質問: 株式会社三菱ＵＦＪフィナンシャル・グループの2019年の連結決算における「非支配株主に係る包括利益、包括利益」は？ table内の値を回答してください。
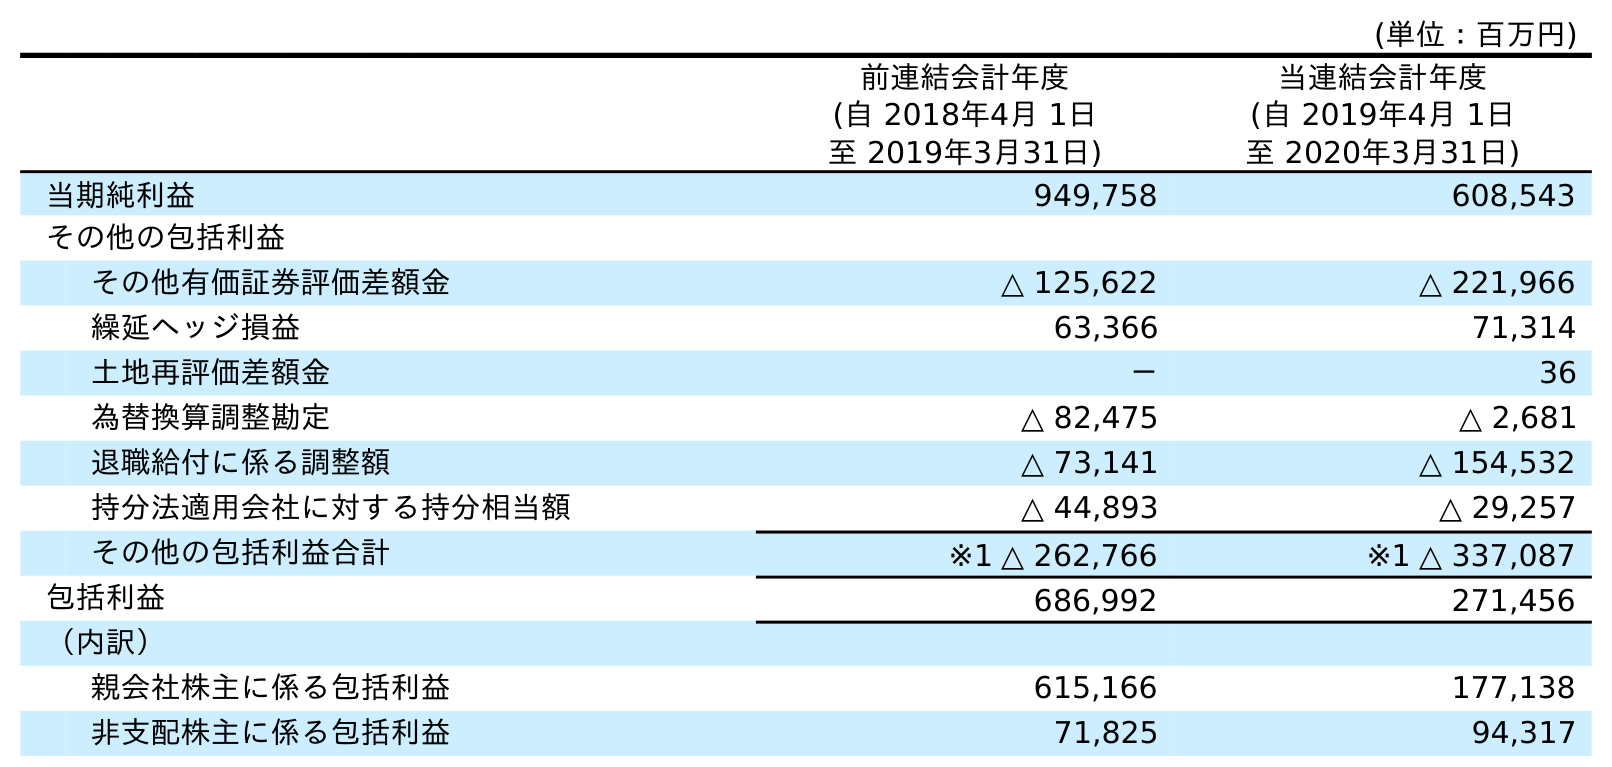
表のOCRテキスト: (単位：百万円) 前連結会計年度 (自 2018年4月 1日 至 2019年3月31日) 当連結会計年度 (自 2019年4月 1日 至 2020年3月31日) 当期純利益 949,758 608,543 その他の包括利益 その他有価証券評価差額金 △ 125,622 △ 221,966 繰延ヘッジ損益 63,366 71,314 土地再評価差額金 － 36 為替換算調整勘定 △ 82,475 △ 2,681 退職給付に係る調整額 △ 73,141 △ 154,532 持分法適用会社に対する持分相当額 △ 44,893 △ 29,257 その他の包括利益合計 ※1 △ 262,766 ※1 △ 337,087 包括利益 686,992 271,456 （内訳） 親会社株主に係る包括利益 615,166 177,138 非支配株主に係る包括利益 71,825 94,317
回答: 71,825